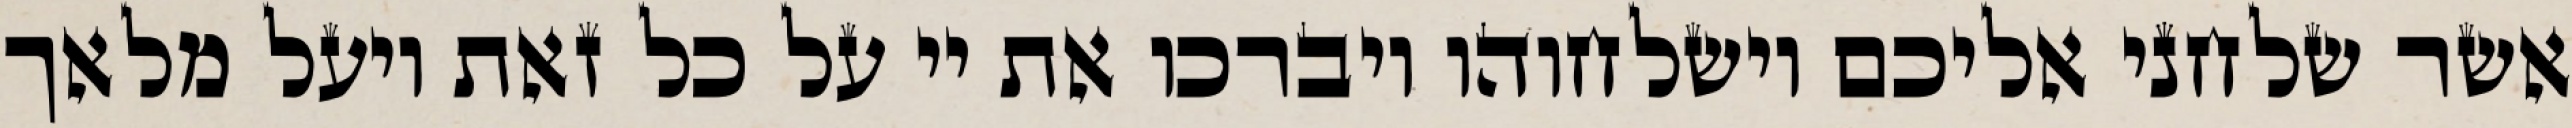
אשר שלחני אליכם וישלחוהו ויברכו את יי על כל זאת ויעל מלאך